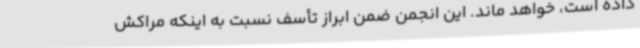
داده است، خواهد ماند. این انجمن ضمن ابراز تأسف نسبت به اینکه مراکش